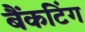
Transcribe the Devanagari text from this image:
बैंकटिंग